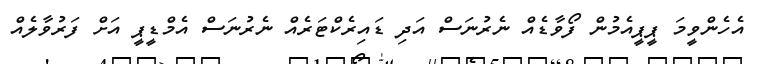
އެހެންވީމަ ޕީޕީއެމުން ފޯވާޑެއް ނެރުނަސް އަދި ޑައިރެކްޓަރެއް ނެރުނަސް އެމްޑީޕީ އަށް ފަރުވާލެއް